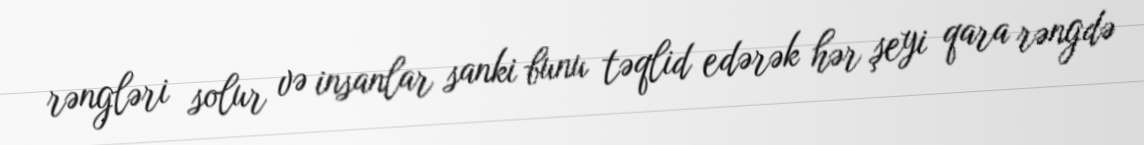
rəngləri solur və insanlar sanki bunu təqlid edərək hər şeyi qara rəngdə